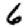
Digit: 6